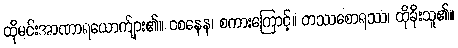
ထိုမင်းအာဏာရယောက်ျား၏။ ဝစနေန၊ စကားကြောင့်။ တဿစောရဿ၊ ထိုခိုးသူ၏။